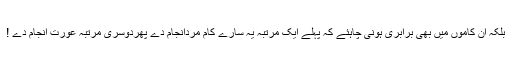
بلکہ ان کاموں میں بھی برابری ہونی چاہئے کہ پہلے ایک مرتبہ یہ سارے کام مردانجام دے پھردوسری مرتبہ عورت انجام دے !